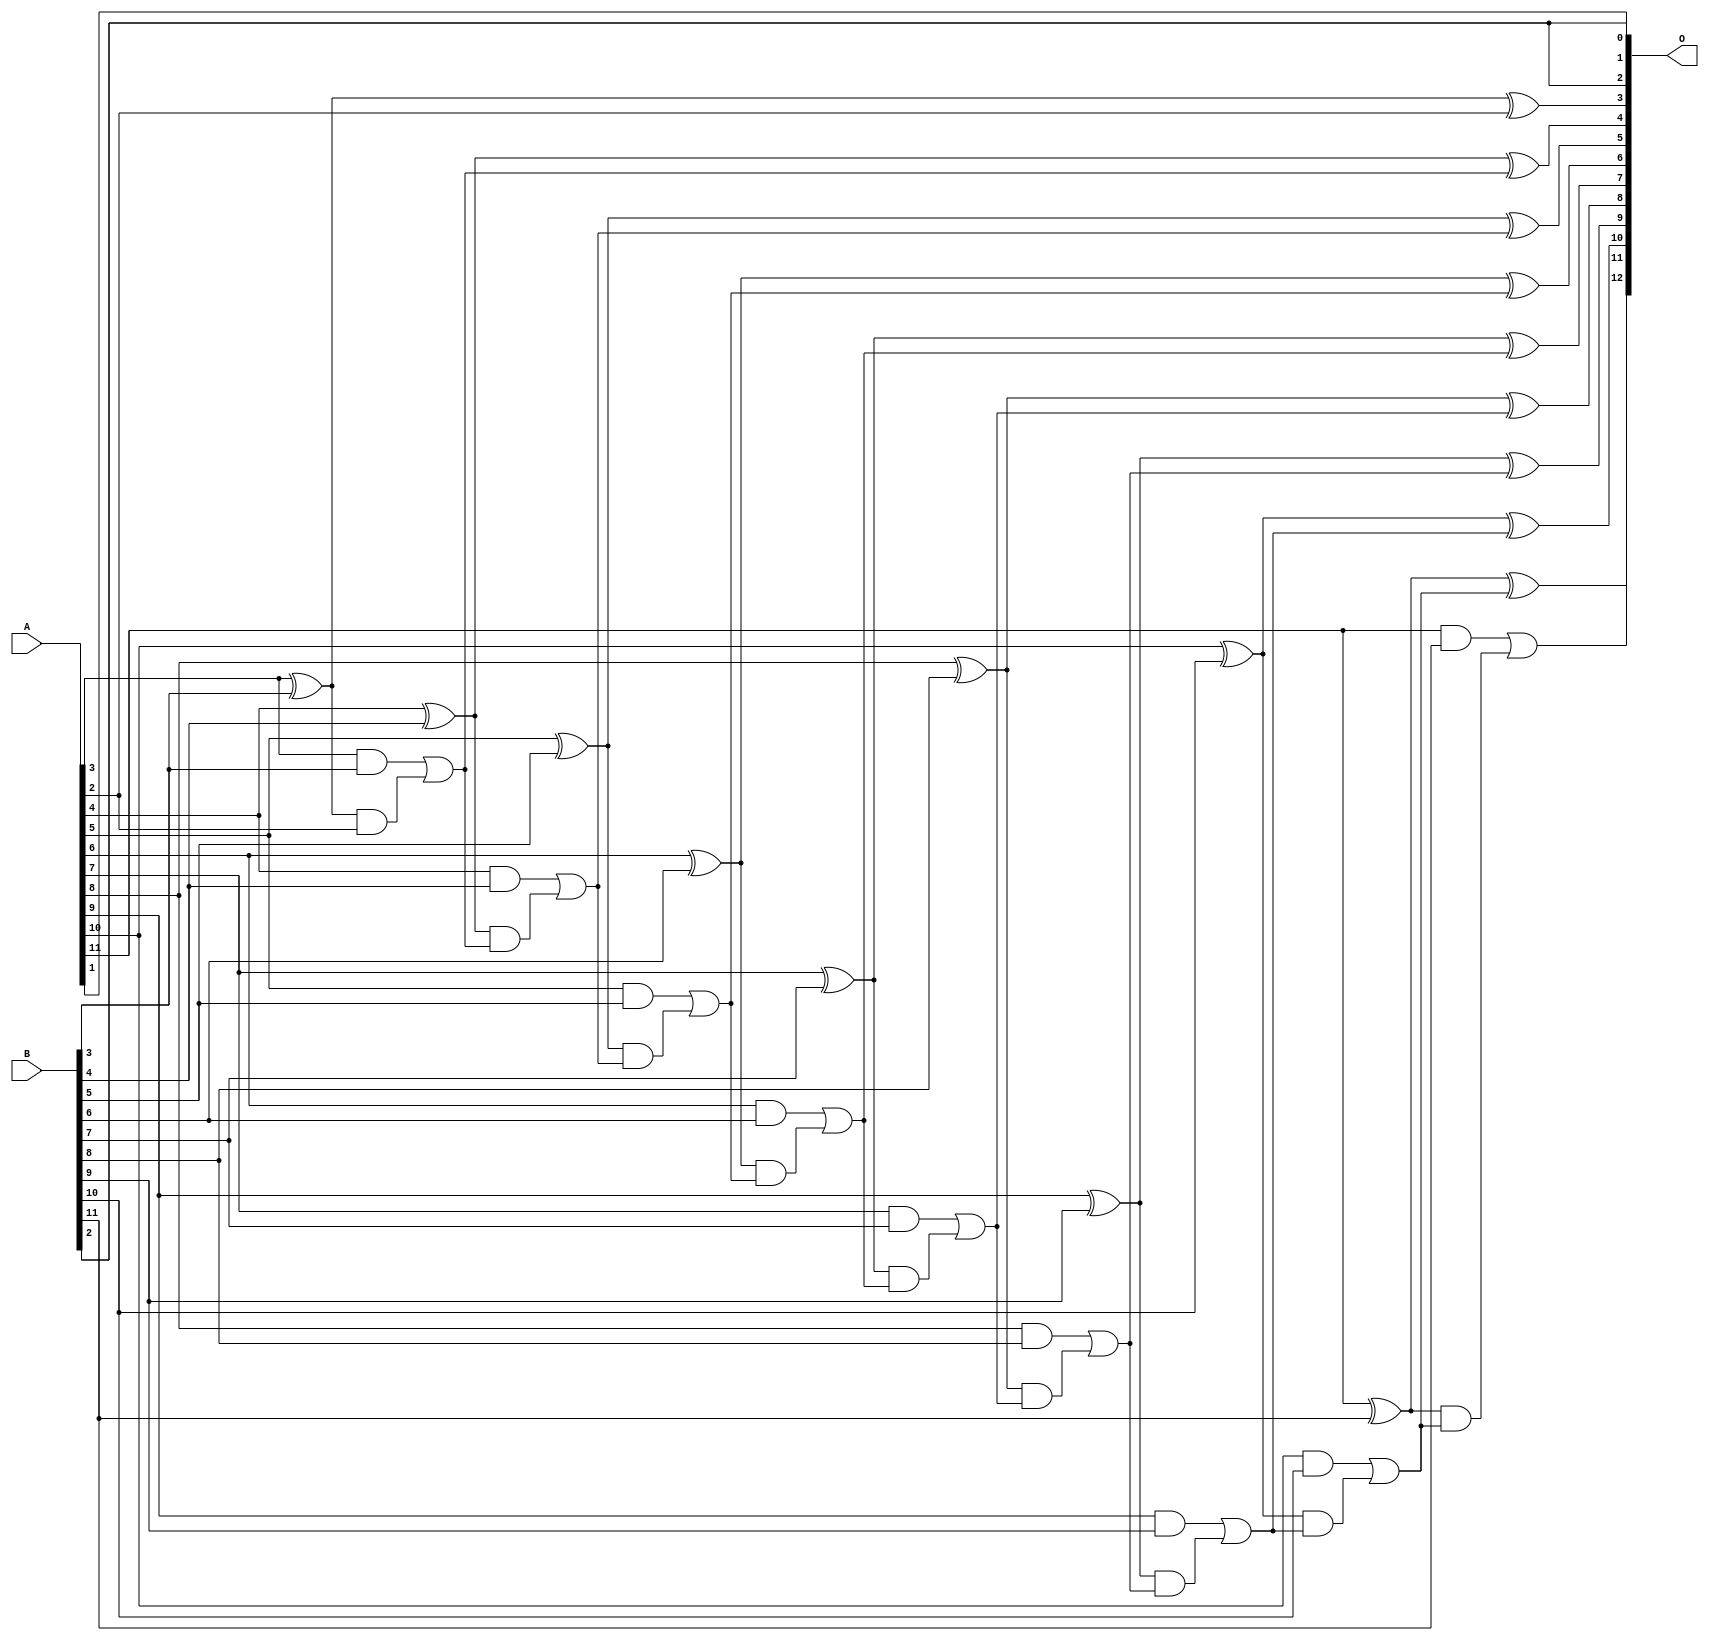
// This program was cloned from: https://github.com/ehw-fit/evoapproxlib
// License: MIT License

/***
* This code is a part of EvoApproxLib library (ehw.fit.vutbr.cz/approxlib) distributed under The MIT License.
* When used, please cite the following article(s):  
* This file contains a circuit from a sub-set of pareto optimal circuits with respect to the pwr and mre parameters
***/
// MAE% = 0.026 %
// MAE = 2.1 
// WCE% = 0.061 %
// WCE = 5.0 
// WCRE% = 100.00 %
// EP% = 87.50 %
// MRE% = 0.07 %
// MSE = 6.0 
// PDK45_PWR = 0.041 mW
// PDK45_AREA = 80.3 um2
// PDK45_DELAY = 0.76 ns


module add12u_08A(A, B, O);
  input [11:0] A, B;
  output [12:0] O;
  wire sig_36, sig_37, sig_38, sig_40, sig_41, sig_42;
  wire sig_43, sig_45, sig_46, sig_47, sig_48, sig_50;
  wire sig_51, sig_52, sig_53, sig_55, sig_56, sig_57;
  wire sig_58, sig_60, sig_61, sig_62, sig_63, sig_65;
  wire sig_66, sig_67, sig_68, sig_70, sig_71, sig_72;
  wire sig_73, sig_75, sig_76, sig_77, sig_78;
  assign O[0] = B[2];
  assign sig_36 = A[3] ^ B[3];
  assign sig_37 = A[3] & B[3];
  assign sig_38 = sig_36 & A[2];
  assign O[3] = sig_36 ^ A[2];
  assign sig_40 = sig_37 | sig_38;
  assign sig_41 = A[4] ^ B[4];
  assign sig_42 = A[4] & B[4];
  assign sig_43 = sig_41 & sig_40;
  assign O[4] = sig_41 ^ sig_40;
  assign sig_45 = sig_42 | sig_43;
  assign sig_46 = A[5] ^ B[5];
  assign sig_47 = A[5] & B[5];
  assign sig_48 = sig_46 & sig_45;
  assign O[5] = sig_46 ^ sig_45;
  assign sig_50 = sig_47 | sig_48;
  assign sig_51 = A[6] ^ B[6];
  assign sig_52 = A[6] & B[6];
  assign sig_53 = sig_51 & sig_50;
  assign O[6] = sig_51 ^ sig_50;
  assign sig_55 = sig_52 | sig_53;
  assign sig_56 = A[7] ^ B[7];
  assign sig_57 = A[7] & B[7];
  assign sig_58 = sig_56 & sig_55;
  assign O[7] = sig_56 ^ sig_55;
  assign sig_60 = sig_57 | sig_58;
  assign sig_61 = A[8] ^ B[8];
  assign sig_62 = A[8] & B[8];
  assign sig_63 = sig_61 & sig_60;
  assign O[8] = sig_61 ^ sig_60;
  assign sig_65 = sig_62 | sig_63;
  assign sig_66 = A[9] ^ B[9];
  assign sig_67 = A[9] & B[9];
  assign sig_68 = sig_66 & sig_65;
  assign O[9] = sig_66 ^ sig_65;
  assign sig_70 = sig_67 | sig_68;
  assign sig_71 = A[10] ^ B[10];
  assign sig_72 = A[10] & B[10];
  assign sig_73 = sig_71 & sig_70;
  assign O[10] = sig_71 ^ sig_70;
  assign sig_75 = sig_72 | sig_73;
  assign sig_76 = A[11] ^ B[11];
  assign sig_77 = A[11] & B[11];
  assign sig_78 = sig_76 & sig_75;
  assign O[11] = sig_76 ^ sig_75;
  assign O[12] = sig_77 | sig_78;
  assign O[1] = A[1];
  assign O[2] = B[2];
endmodule